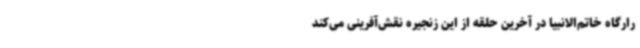
رارگاه خاتم‌الانبیا در آخرین حلقه از این زنجیره نقش‌آفرینی می‌کند